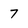
Character: 7